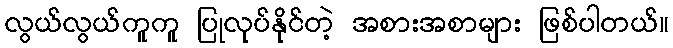
လွယ်လွယ်ကူကူ ပြုလုပ်နိုင်တဲ့ အစားအစာများ ဖြစ်ပါတယ်။